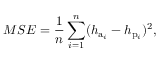
M S E = \frac { 1 } { n } \sum _ { i = 1 } ^ { n } ( h _ { \mathrm { a } _ { i } } - h _ { \mathrm { p } _ { i } } ) ^ { 2 } ,